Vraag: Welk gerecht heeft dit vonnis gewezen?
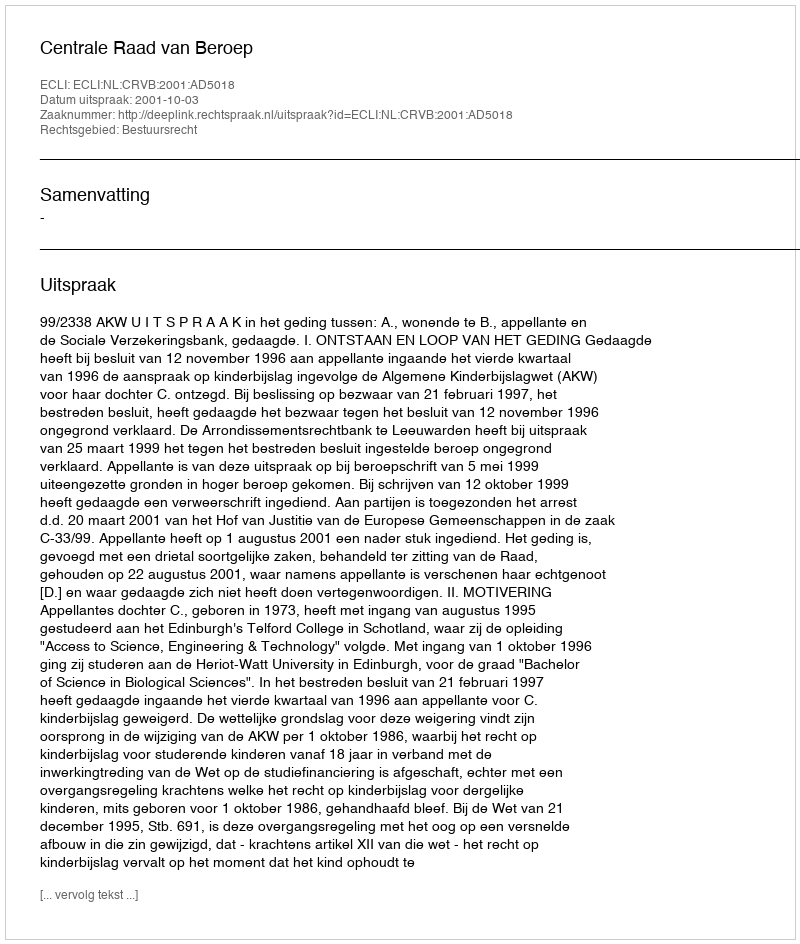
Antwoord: Centrale Raad van Beroep